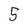
Character: 5